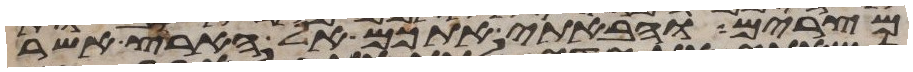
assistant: מצרים והבאתי אתכם אל הארץ אשר